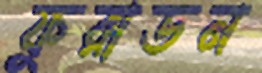
ফুরাডন